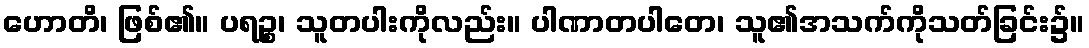
ဟောတိ၊ ဖြစ်၏။ ပရဉ္စ၊ သူတပါးကိုလည်း။ ပါဏာတပါတေ၊ သူ၏အသက်ကိုသတ်ခြင်း၌။